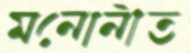
মনোনীত